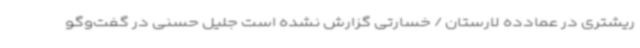
ریشتری در عمادده لارستان / خسارتی گزارش نشده است جلیل حسنی در گفت‌وگو